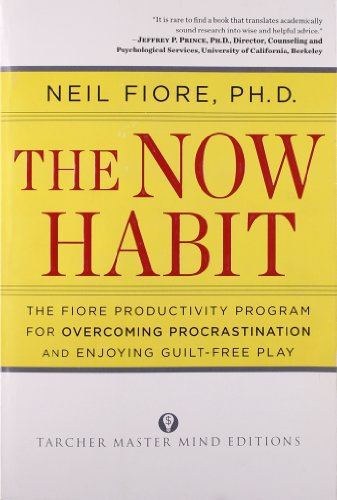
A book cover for The Now Habit: A Strategic Program for Overcoming Procrastination and Enjoying Guilt-Free Play; Neil Fiore; Self-Help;